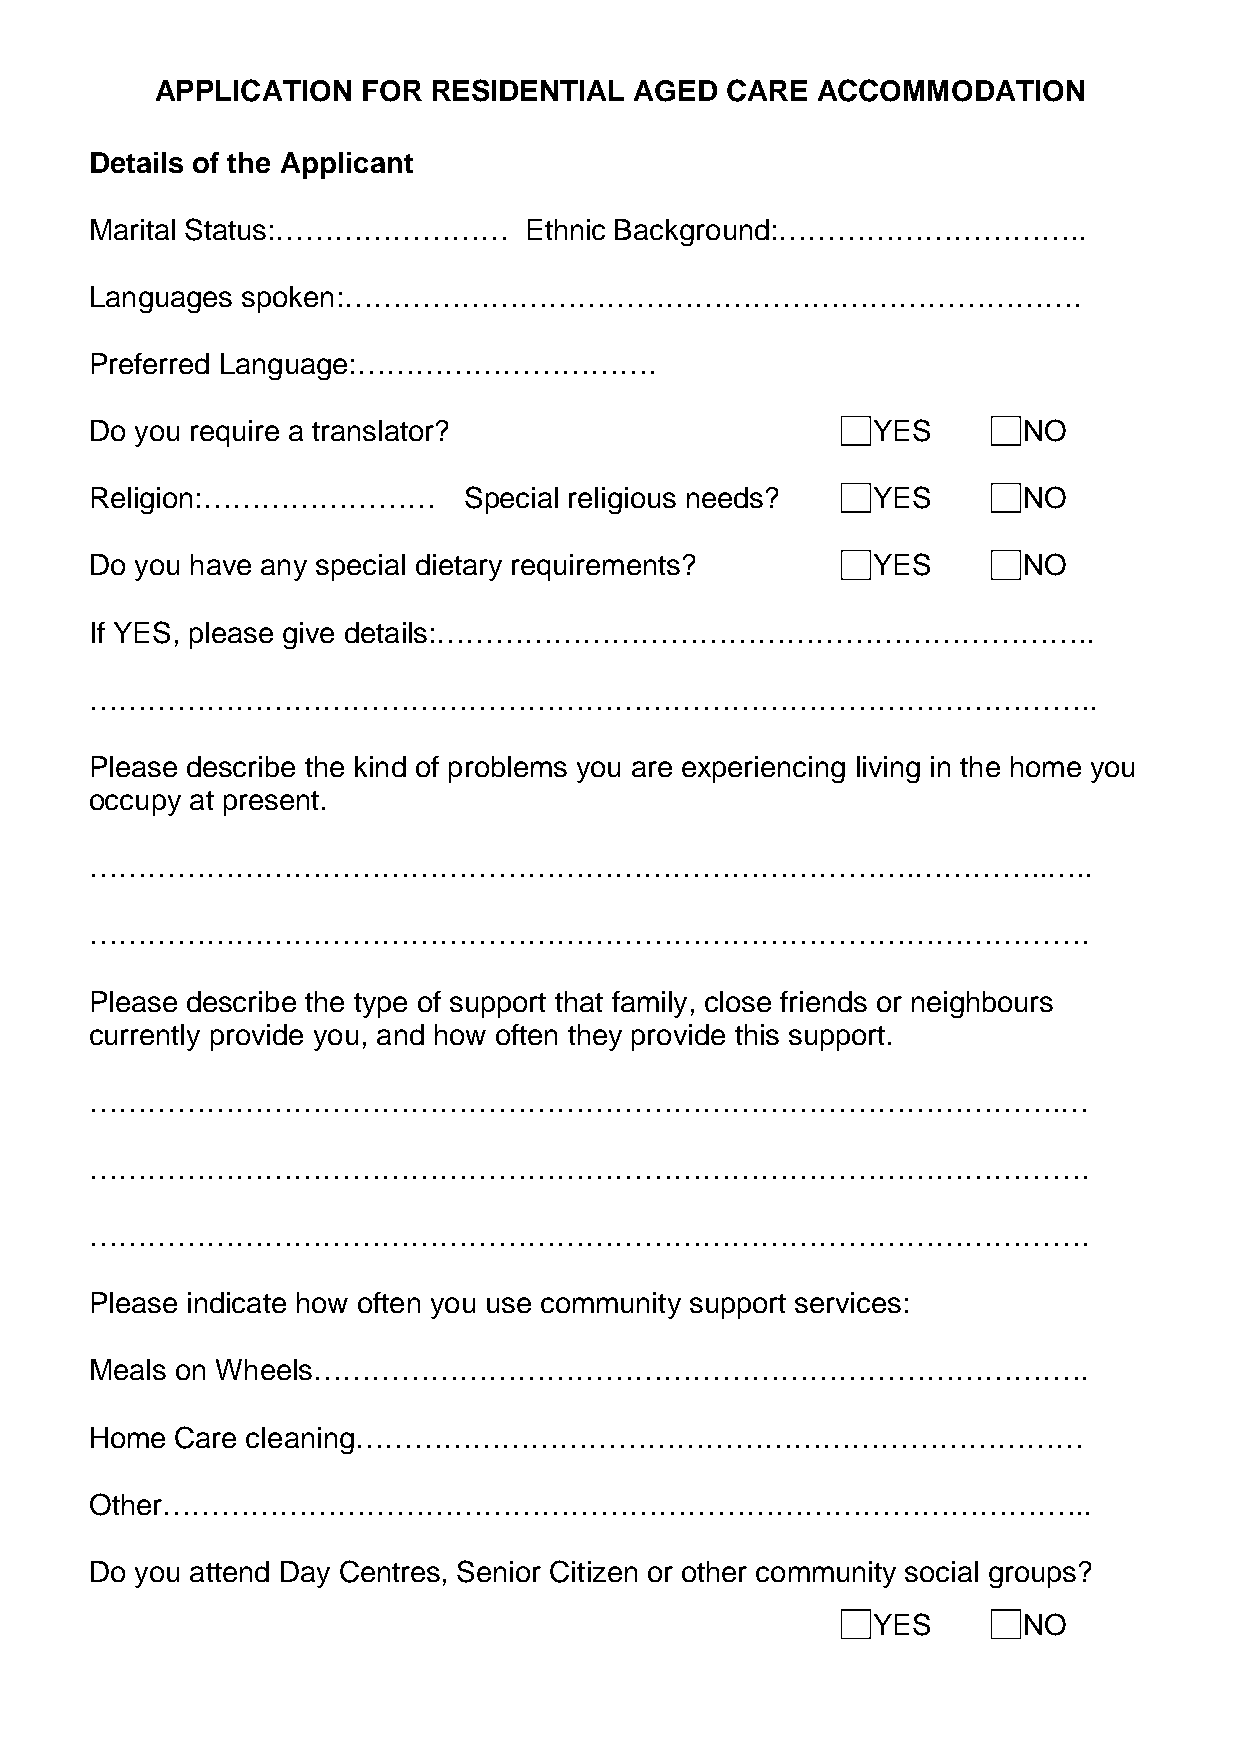
APPLICATION   FOR  RESIDENTIAL  AGED  CARE  ACCOMMODATION
 Details of the Applicant
 Marital Status:……………………      Ethnic Background:…………………………..
 Languages spoken:………………………………………………………………….
 Preferred Language:………………………….
 Do you require a translator?                        YES       NO
 Religion:……………………        Special religious needs?   YES       NO
 Do you have any special dietary requirements?       YES       NO
 If YES, please give details:…………………………………………………………..
 …………………………………………………………………………………………..
 Please describe the kind of problems you are experiencing living in the home you
 occupy at present.
 ………………………………………………………………………….…………..…..
 ………………………………………………………………………………………….
 Please describe the type of support that family, close friends or neighbours
 currently provide you, and how often they provide this support.
 ……………………………………………………………………………………….…
 ………………………………………………………………………………………….
 ………………………………………………………………………………………….
 Please indicate how often you use community support services:
 Meals on Wheels……………………………………………………………………..
 Home  Care cleaning…………………………………………………………………
 Other…………………………………………………………………………………...
 Do you attend Day Centres, Senior Citizen or other community social groups?
 YES       NO